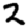
Digit: 2